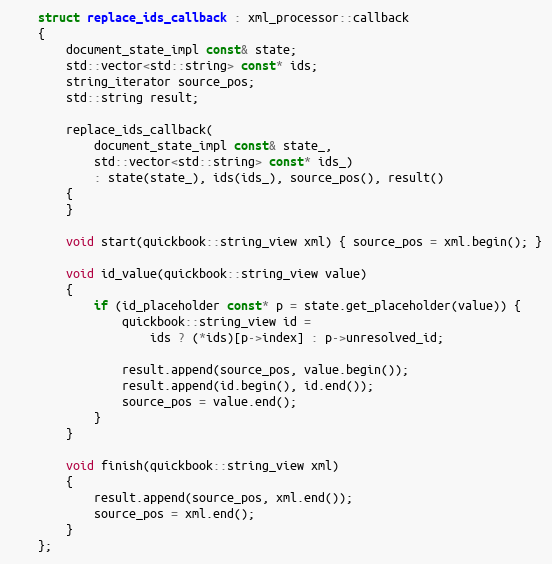
Language: C++
    struct replace_ids_callback : xml_processor::callback
    {
        document_state_impl const& state;
        std::vector<std::string> const* ids;
        string_iterator source_pos;
        std::string result;

        replace_ids_callback(
            document_state_impl const& state_,
            std::vector<std::string> const* ids_)
            : state(state_), ids(ids_), source_pos(), result()
        {
        }

        void start(quickbook::string_view xml) { source_pos = xml.begin(); }

        void id_value(quickbook::string_view value)
        {
            if (id_placeholder const* p = state.get_placeholder(value)) {
                quickbook::string_view id =
                    ids ? (*ids)[p->index] : p->unresolved_id;

                result.append(source_pos, value.begin());
                result.append(id.begin(), id.end());
                source_pos = value.end();
            }
        }

        void finish(quickbook::string_view xml)
        {
            result.append(source_pos, xml.end());
            source_pos = xml.end();
        }
    };